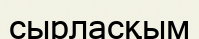
сырласқым